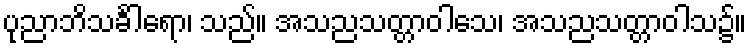
ပုညာဘိသင်္ခါရော၊ သည်။ အသညသတ္တာဝါသေ၊ အသညသတ္တာဝါသ၌။